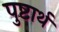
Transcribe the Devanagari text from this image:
पुष्टार्थ